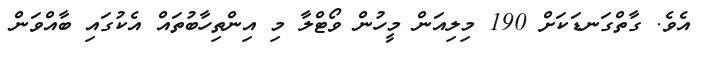
އެވެ. ގާތްގަނޑަކަށް 190 މިލިއަން މީހުން ވޯޓްލާ މި އިންތިހާބުތައް އެކުގައި ބާއްވަން